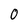
Character: O